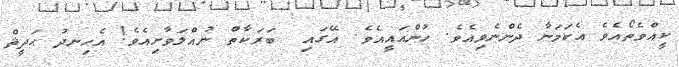
ކީއްވެތޯއެވެ އެކަމަނާ ދެންނެވިއެވެ. ހުންއައީއެވެ. އޭގައި  ބަރަކާތް ނުއްލަވާށިއެވެ! އެހިނދު ޙަދީޘް